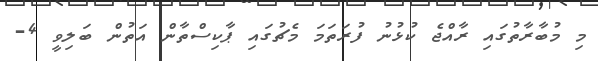
މި މުބާރާތުގައި ރާއްޖެ ކުޅުނު ފުރަތަމަ މެޗުގައި ޕާކިސްތާން އަތުން ބަލިވީ 4-